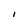
Character: l